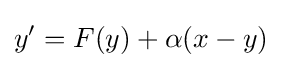
y^{\prime }=F(y)+\alpha (x-y)